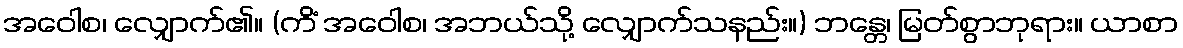
အဝေါစ၊ လျှောက်၏။ (ကိံ အဝေါစ၊ အဘယ်သို့ လျှောက်သနည်း။) ဘန္တေ၊ မြတ်စွာဘုရား။ ယာစာ